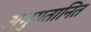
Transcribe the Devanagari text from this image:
अभुगतानित